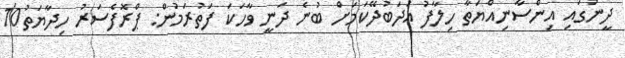
ދީނުގައި އިންސާނިއްޔަތާ ހިލާފު އަދަބުދޭކަަމަށް ބުނެ ދަނީ ވާހަކަ ފަތުރަމުން: ޕްރޮފެސަރު ހިދާޔަތު10